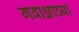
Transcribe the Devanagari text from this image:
गवाक्षाच्या